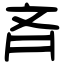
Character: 斉